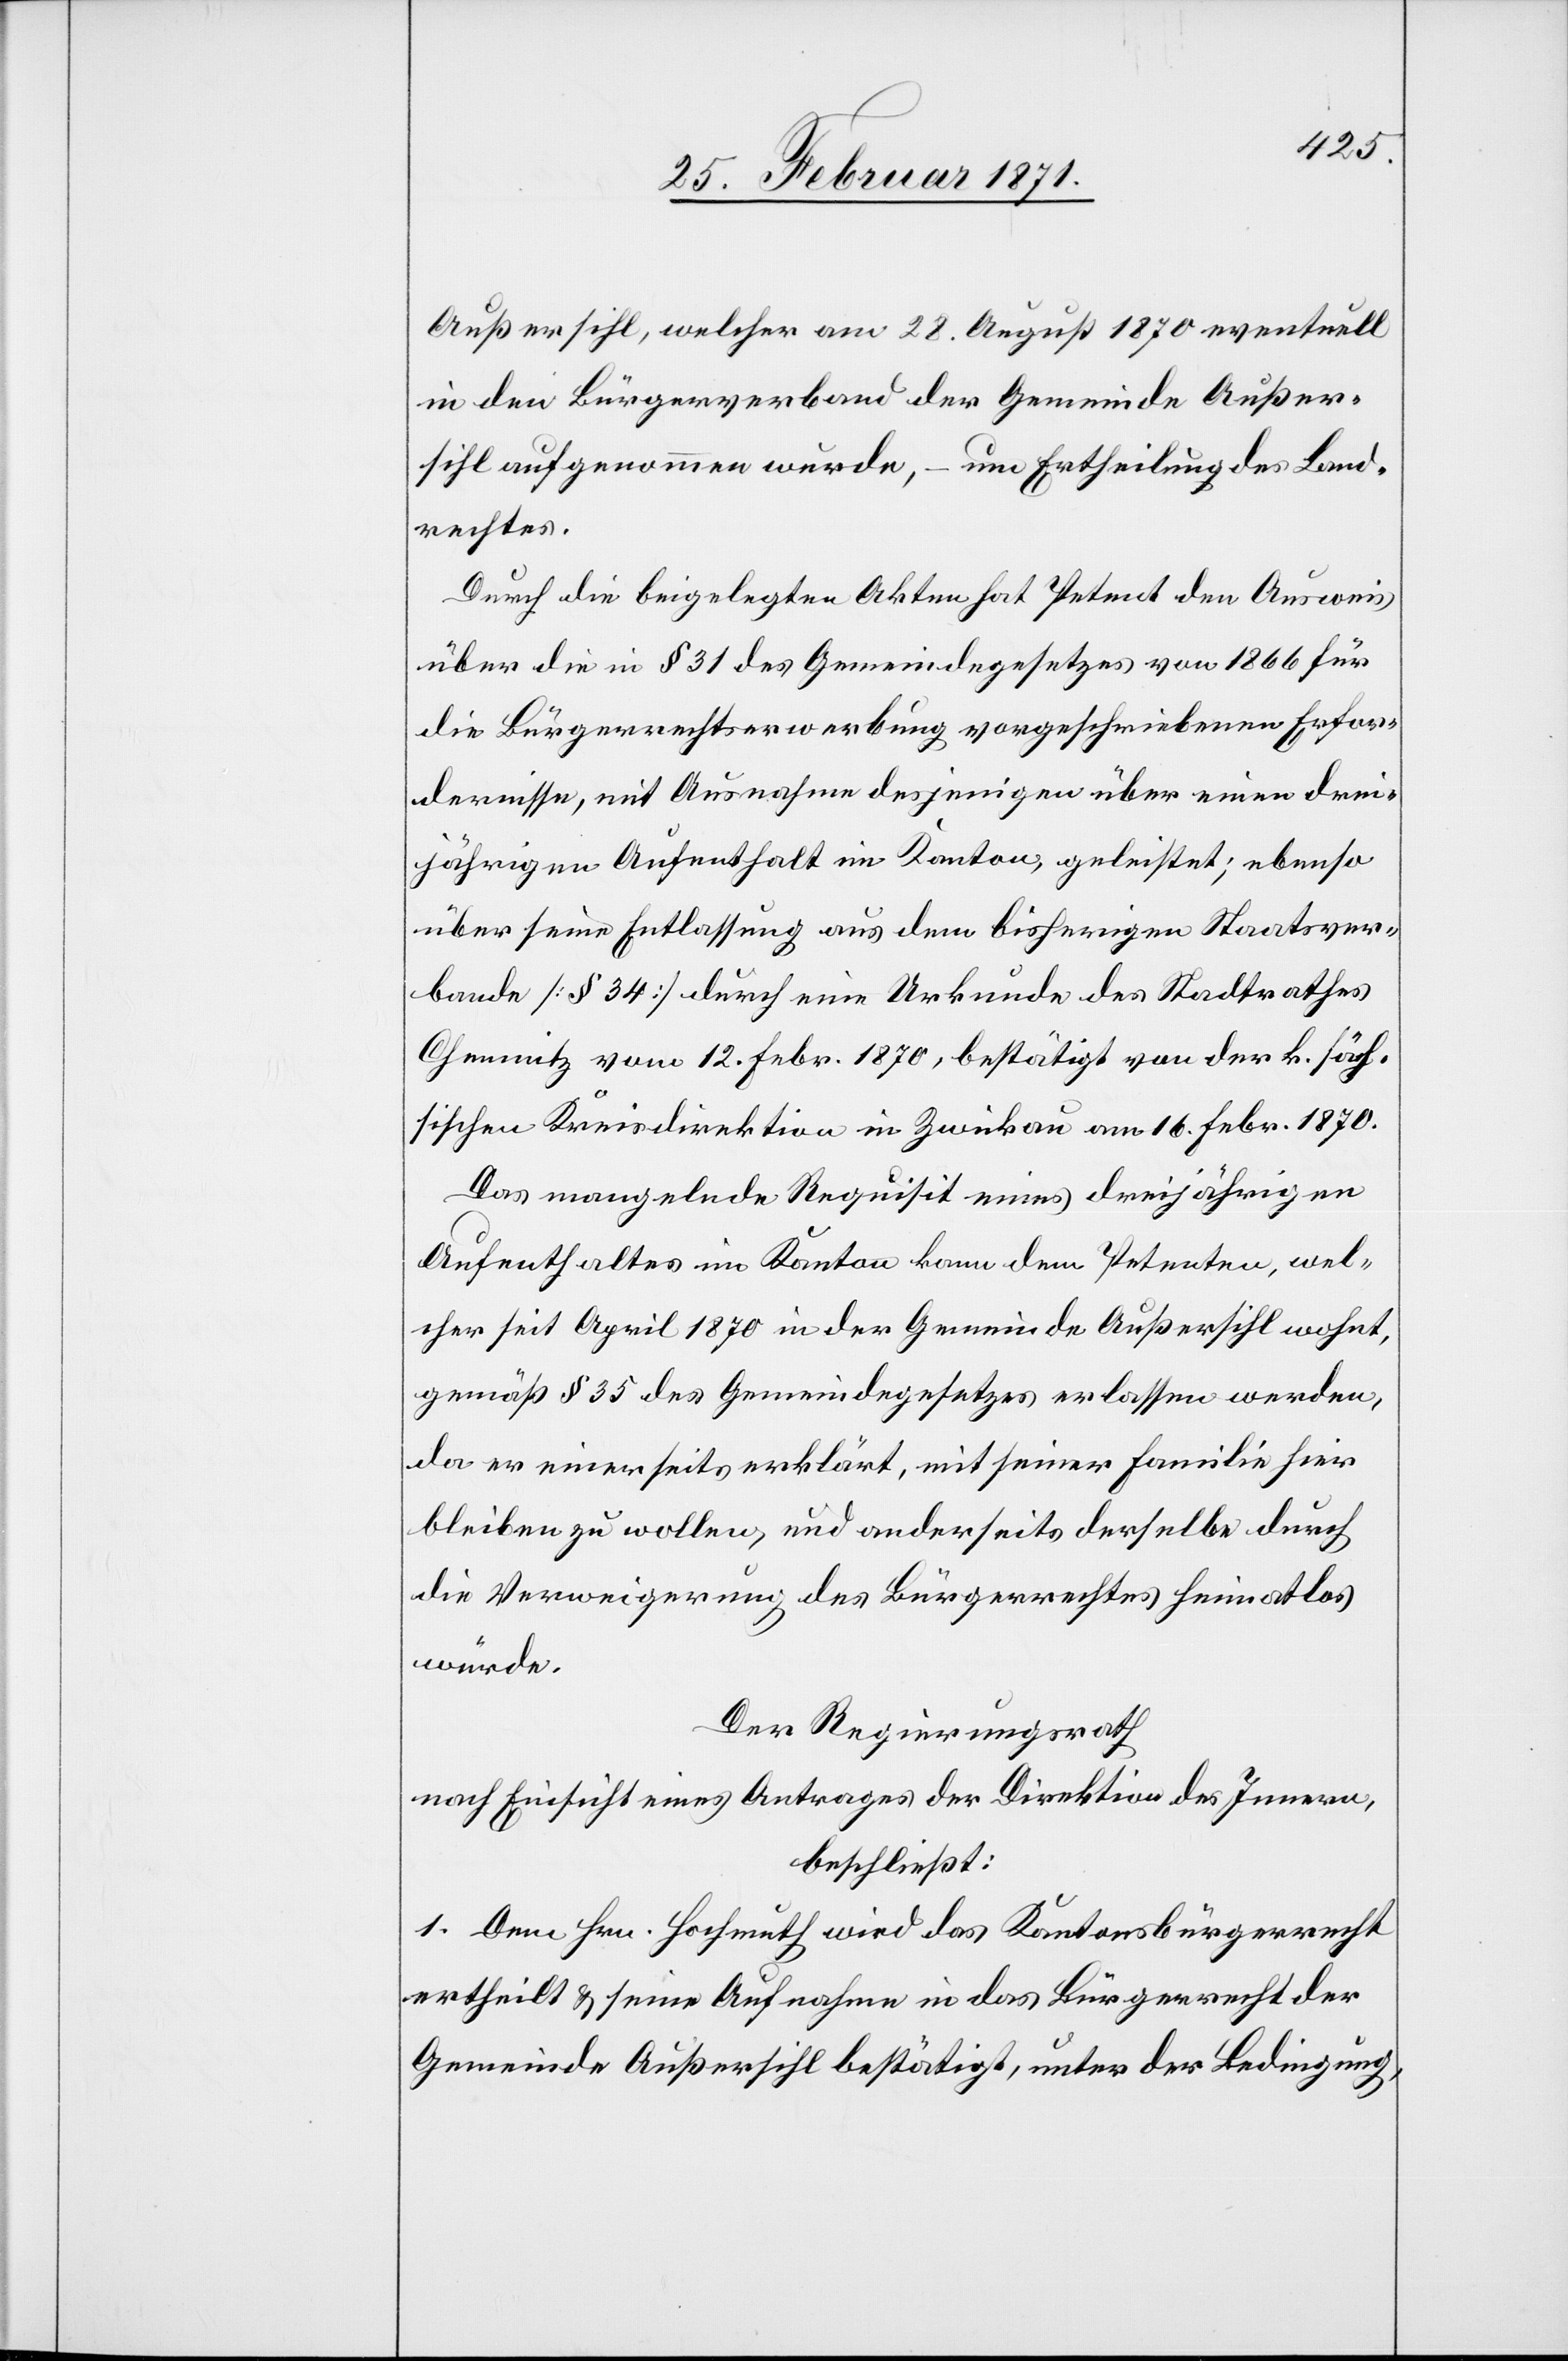
Außersihl, welcher am 28. August 1870 eventuell
in den Bürgerverband der Gemeinde Außer¬
sihl aufgenommen wurde, – um Ertheilung des Land¬
rechtes.
Durch die beigelegten Akten hat Petent den Ausweis
über die in § 31 des Gemeindegesetzes von 1866 für
die Bürgerrechtserwerbung vorgeschriebenen Erfor¬
dernisse, mit Ausnahme desjenigen über einen drei¬
jährigen Aufenthalt im Kanton, geleistet; ebenso
über seine Entlassung aus dem bisherigen Staatsver¬
bande [§ 34] durch eine Urkunde des Stadtrathes
Chemnitz vom 12. Febr. 1870, bestätigt von der k. säch¬
sischen Kreisdirektion in Zwickau am 16. Febr. 1870.
Das mangelnde Requisit eines dreijährigen
Aufenthaltes im Kanton kann dem Petenten, wel¬
cher seit April 1870 in der Gemeinde Außersihl wohnt,
gemäß § 35 des Gemeindegesetzes erlassen werden,
da er einerseits erklärt, mit seiner Familie hier
bleiben zu wollen, und anderseits derselbe durch
die Verweigerung des Bürgerrechtes heimatlos
würde.
Der Regierungsrath
nach Einsicht eines Antrages der Direktion des Innern,
beschließt:
1. Dem Hrn. Hochmuth wird das Kantonsbürgerrecht
ertheilt u. seine Aufnahme in das Bürgerrecht der
Gemeinde Außersihl bestätigt, unter der Bedingung,